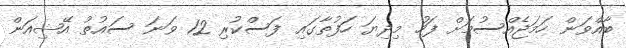
ބާއްވަން ހަަމަޖެއްސުމަށް ފަހު މިދިޔަ ހަފުތާގައި ފަސްކުރި 12 ވަނަ ސައުތު އޭޝިއަން